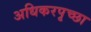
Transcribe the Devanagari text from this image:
अधिकरपृच्छा